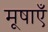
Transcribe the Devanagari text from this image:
मूषाएँ